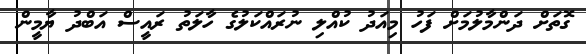
ގޮތަށް ދަންމާލުމަށް ފަހު މިއަދު ކުއްލި ނުރައްކަލުގެ ހާލަތު ރައީސް އަބްދު ޔާމީން